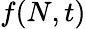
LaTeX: f(N,t)